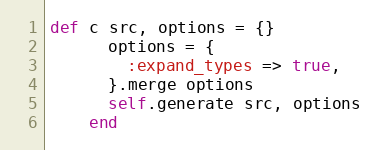
Language: Ruby
def c src, options = {}
      options = {
        :expand_types => true,
      }.merge options
      self.generate src, options
    end